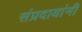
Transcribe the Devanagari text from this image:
संप्रदायांनी